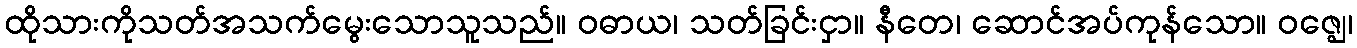
ထိုသားကိုသတ်အသက်မွေးသောသူသည်။ ဝဓာယ၊ သတ်ခြင်းငှာ။ နီတေ၊ ဆောင်အပ်ကုန်သော။ ဝဇ္ဈေ၊